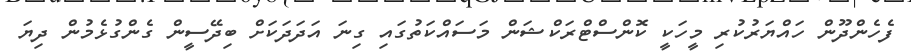
ފެހެންދޫން ހައްޔަރުކުރި މީހަކީ ކޮންސްޓްރަކްޝަން މަސައްކަތުގައި ގިނަ އަދަދަކަށް ބިދޭސީން ގެންގުޅެމުން ދިޔަ